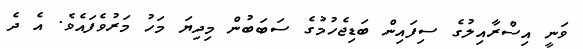
ވަނީ އިސްރާއިލުގެ ސިފައިން ބަޑިޖެހުމުގެ ސަބަބުން މިދިޔަ މަހު މަރުވެފައެވެ. އެ ދެ